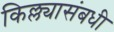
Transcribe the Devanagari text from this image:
किल्ल्यासंबधी